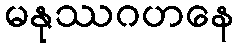
မနုဿဂဟနေ